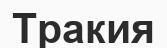
Тракия